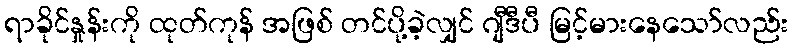
ရာခိုင်နှုန်းကို ထုတ်ကုန် အဖြစ် တင်ပို့ခဲ့လျှင် ဂျီဒီပီ မြင့်မားနေသော်လည်း